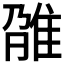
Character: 𨾫